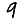
Digit: 9